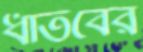
ধাতবের